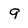
Character: 9